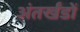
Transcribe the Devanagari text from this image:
अंतर्खंडों